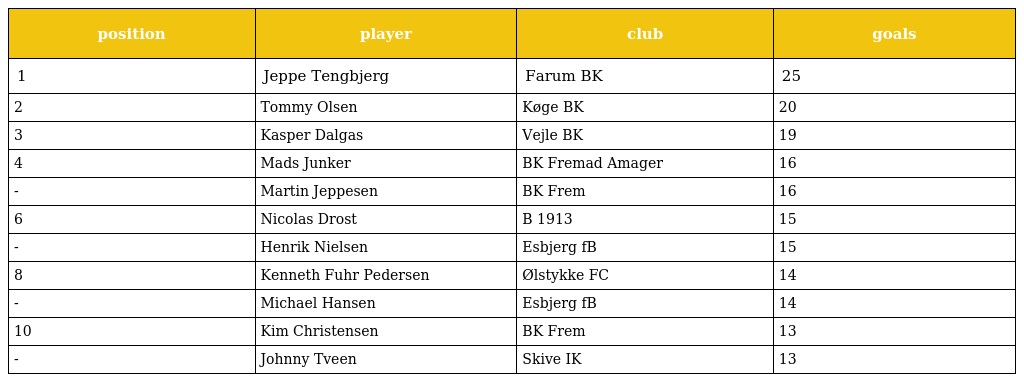
| position | player | club | goals |
 | --- | --- | --- | --- |
 | 1 | Jeppe Tengbjerg | Farum BK | 25 |
 | 2 | Tommy Olsen | Køge BK | 20 |
 | 3 | Kasper Dalgas | Vejle BK | 19 |
 | 4 | Mads Junker | BK Fremad Amager | 16 |
 | - | Martin Jeppesen | BK Frem | 16 |
 | 6 | Nicolas Drost | B 1913 | 15 |
 | - | Henrik Nielsen | Esbjerg fB | 15 |
 | 8 | Kenneth Fuhr Pedersen | Ølstykke FC | 14 |
 | - | Michael Hansen | Esbjerg fB | 14 |
 | 10 | Kim Christensen | BK Frem | 13 |
 | - | Johnny Tveen | Skive IK | 13 |